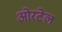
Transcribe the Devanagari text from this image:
ओरटेल